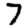
Digit: 7